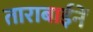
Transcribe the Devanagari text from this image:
ताराबाईनें